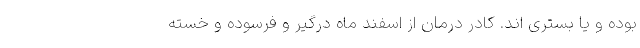
بوده و یا بستری اند. کادر درمان از اسفند ماه درگیر و فرسوده و خسته